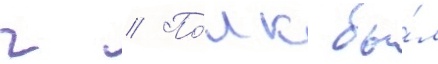
г // По́лк бы́л